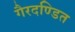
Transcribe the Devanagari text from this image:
गैरदण्डित